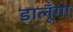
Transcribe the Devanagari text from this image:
डालूँगा